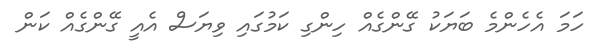
ހަމަ އެހެންމެ ބަޔަކު ގޭންގެއް ހިންގި ކަމުގައި ވިޔަސް އެއީ ގޭންގެއް ކަން